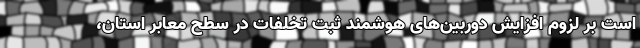
است بر لزوم افزایش دوربین‌های هوشمند ثبت تخلفات در سطح معابر استان،